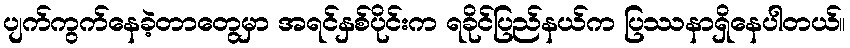
ပျက်ကွက်နေခဲ့တာတွေမှာ အရင်နှစ်ပိုင်းက ရခိုင်ပြည်နယ်က ပြဿနာရှိနေပါတယ်။